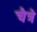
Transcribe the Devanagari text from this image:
चैत्रे